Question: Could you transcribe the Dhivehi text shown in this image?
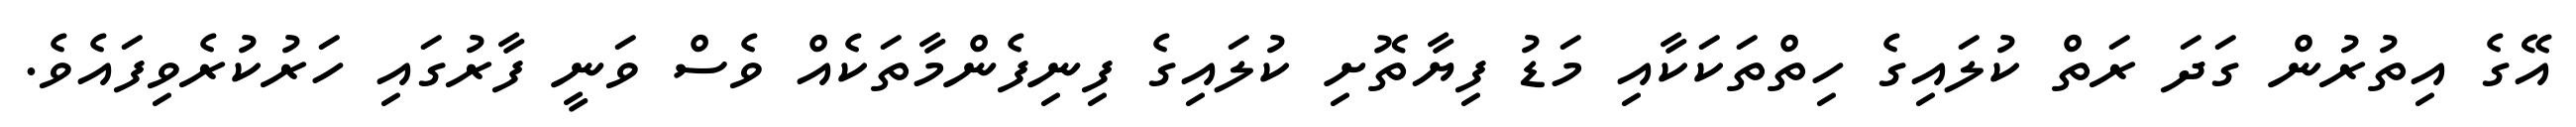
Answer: އޭގެ އިތުރުން ގަދަ ރަތް ކުލައިގެ ހިތްތަކަކާއި މަޑު ފިޔާތޮށި ކުލައިގެ ފިނިފެންމާތަކެއް ވެސް ވަނީ ފާރުގައި ހަރުކުރެވިފައެވެ.